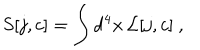
LaTeX: S [ j , c ] = \int \mathrm { d } ^ { 4 } x \, { \cal L } [ j , c ] \ ,